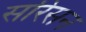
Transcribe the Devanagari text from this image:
सरिसन